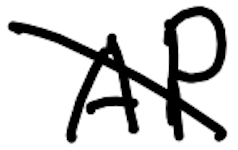
Text: AP
Cross-out: diagonal
Writing tool: digital_black